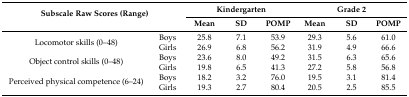
| <ROWSPAN=2-COLSPAN=2> Subscale Raw Scores (Range) | <COLSPAN=3> Kindergarten | <COLSPAN=3> Grade 2 |
 | Mean | SD | POMP | Mean | SD | POMP |
 | --- | --- | --- | --- | --- | --- | --- | --- |
 | <ROWSPAN=2> Locomotor skills (0–48) | Boys | 25.8 | 7.1 | 53.9 | 29.3 | 5.6 | 61.0 |
 | Girls | 26.9 | 6.8 | 56.2 | 31.9 | 4.9 | 66.6 |
 | <ROWSPAN=2> Object control skills (0–48) | Boys | 23.6 | 8.0 | 49.2 | 31.5 | 6.3 | 65.6 |
 | Girls | 19.8 | 6.5 | 41.3 | 27.2 | 5.8 | 56.8 |
 | <ROWSPAN=2> Perceived physical competence (6–24) | Boys | 18.2 | 3.2 | 76.0 | 19.5 | 3.1 | 81.4 |
 | Girls | 19.3 | 2.7 | 80.4 | 20.5 | 2.5 | 85.5 |